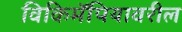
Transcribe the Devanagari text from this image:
विकिमॅपियावरील